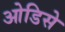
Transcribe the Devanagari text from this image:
ओडिसे